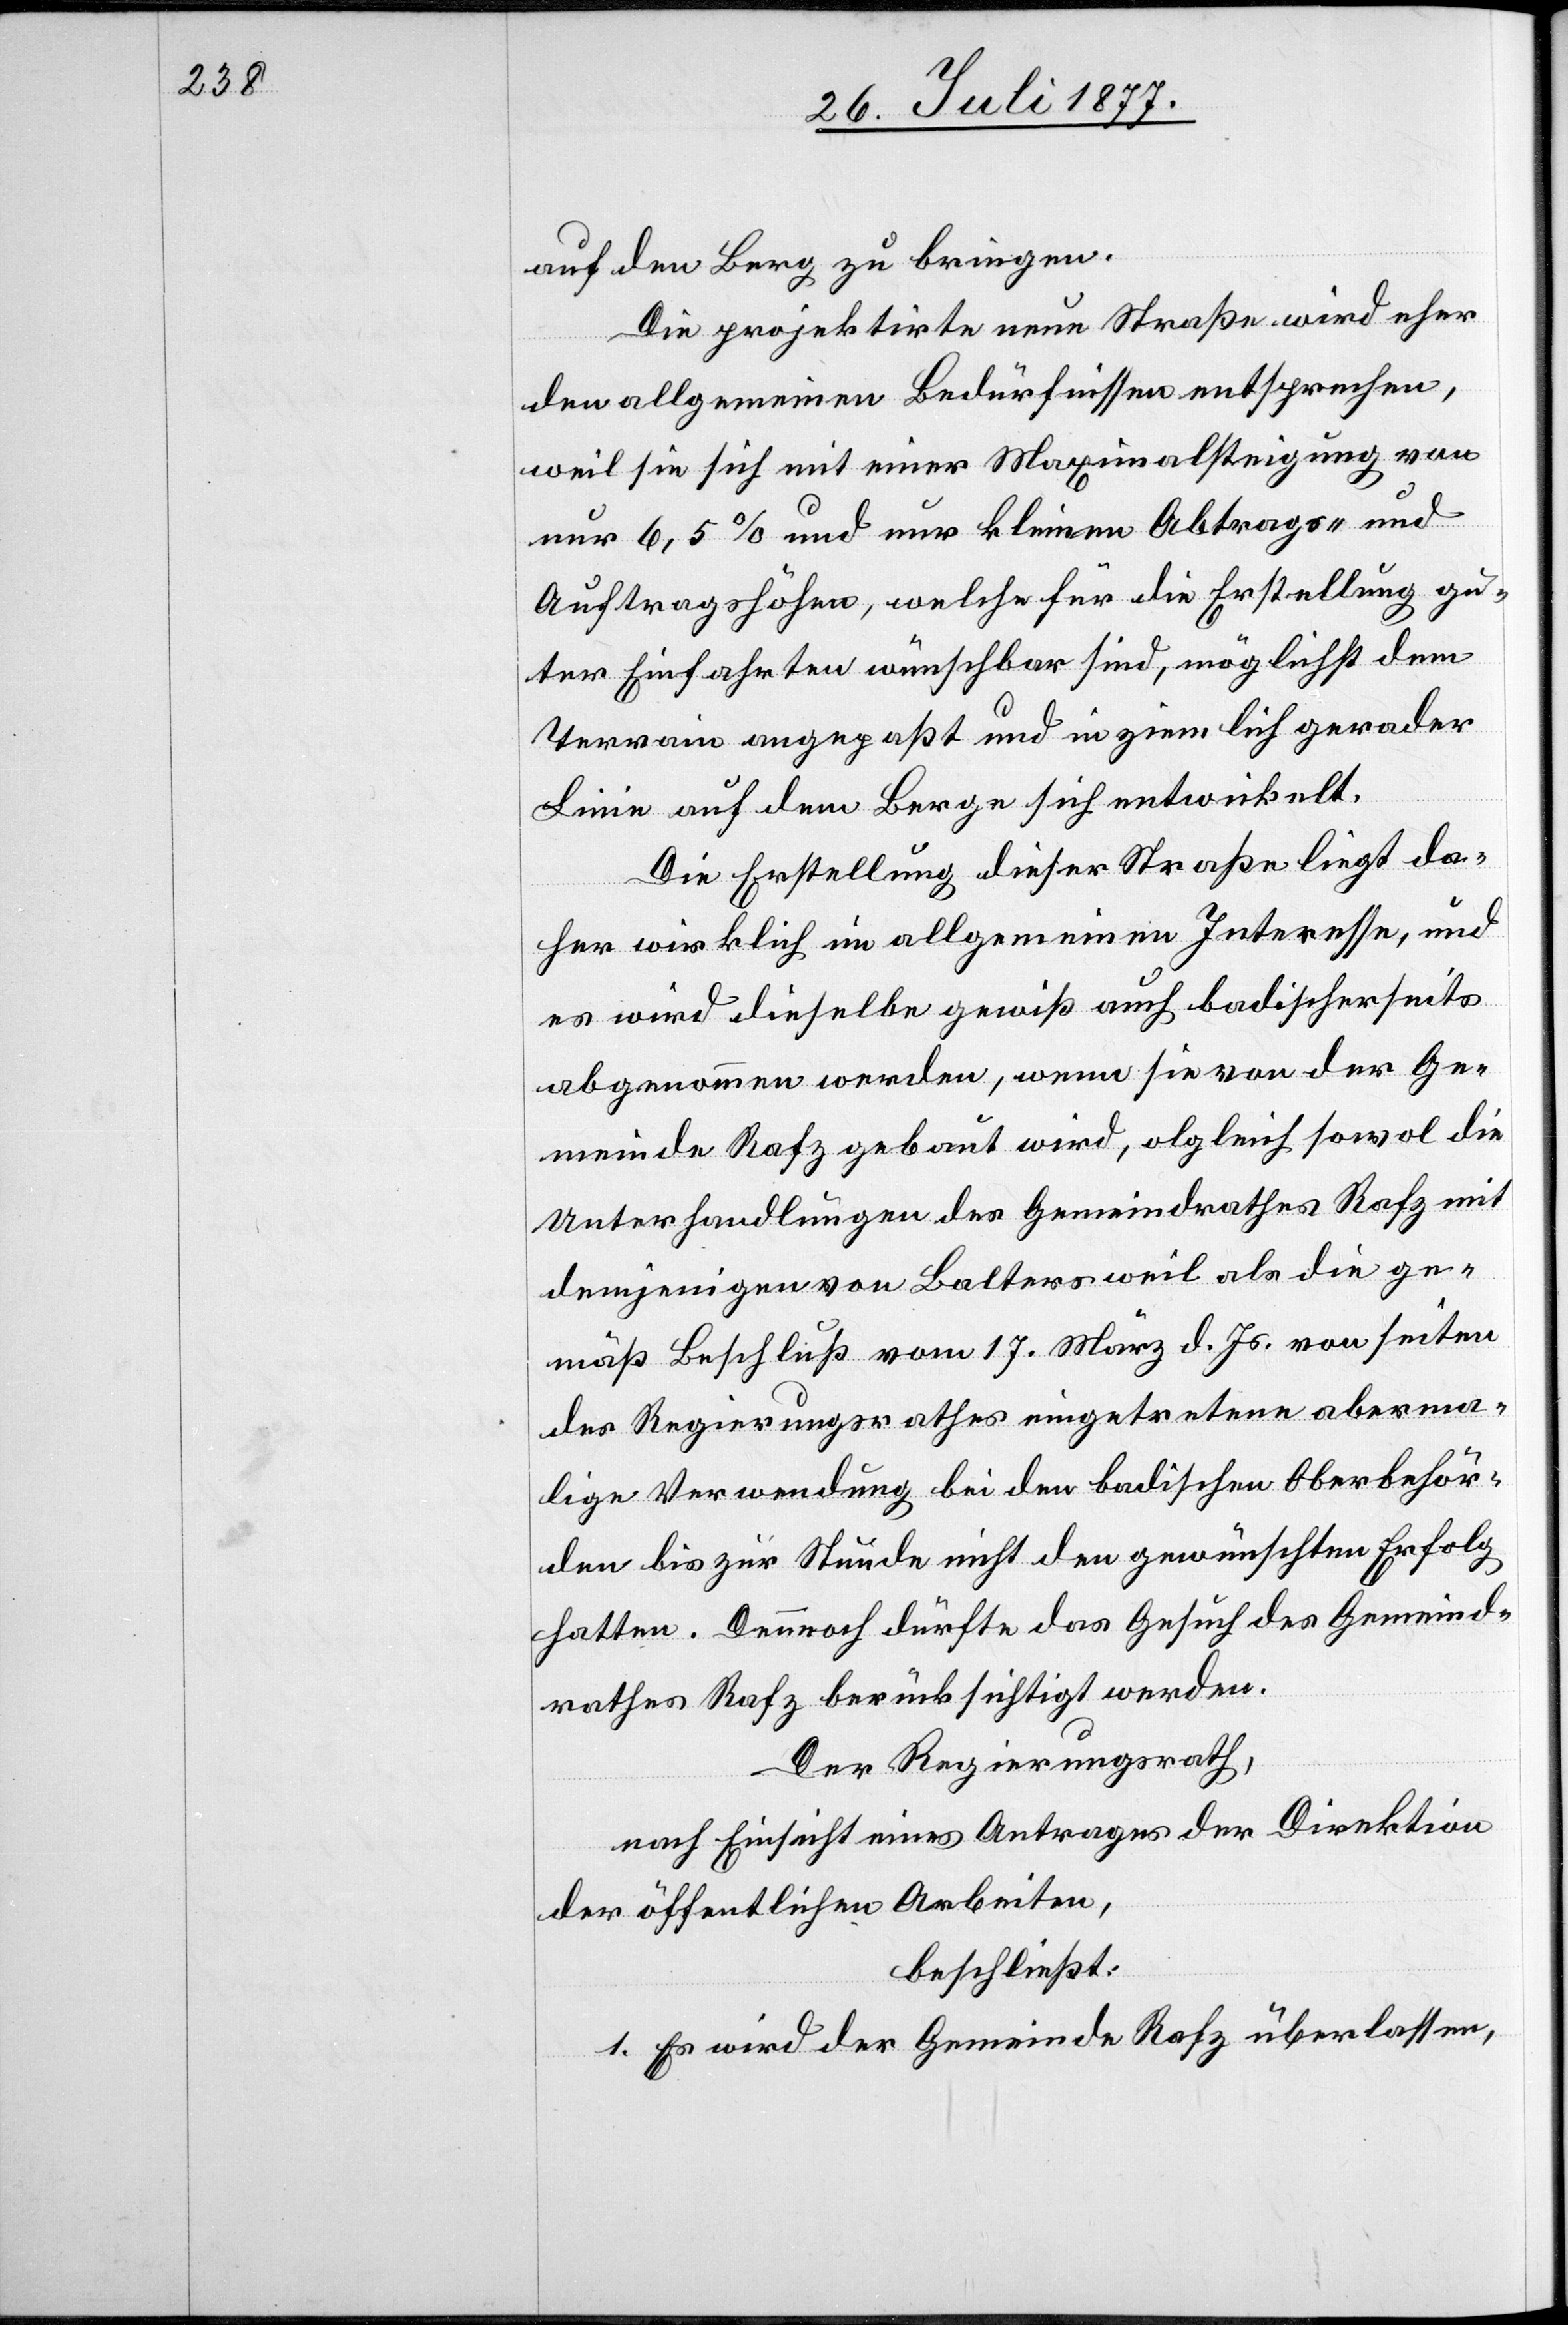
auf den Berg zu bringen.
Die projektirte neue Straße wird eher
den allgemeinen Bedürfnissen entsprechen,
weil sie sich mit einer Maximalsteigung von
nur 6,5% und nur kleinen Abtrags- und
Auftragshöhen, welche für die Erstellung gu¬
ter Einfahrten wünschbar sind, möglichst dem
Terrain angepaßt und in ziemlich gerader
Linie auf dem Berge sich entwickelt.
Die Erstellung dieser Straße liegt da¬
her wirklich im allgemeinen Interesse, und
es wird dieselbe gewiß auch badischerseits
abgenommen werden, wenn sie von der Ge¬
meinde Rafz gebaut wird, olgleich [recte:
Unterhandlungen des Gemeindrathes Rafz mit
demjenigen von Baltersweil als die ge¬
mäß Beschluß vom 17. März d. Js. von seiten
des Regierungsrathes eingetretene aberma¬
lige Verwendung bei den badischen Oberbehör¬
den bis zur Stunde nicht den gewünschten Erfolg
hatten. Dennnoch dürfte das Gesuch des Gemeind¬
rathes Rafz berücksichtigt werden.
Der Regierungsrath,
nach Einsicht eines Antrages der Direktion
der öffentlichen Arbeiten,
beschließt:
1. Es wird der Gemeinde Rafz überlassen,